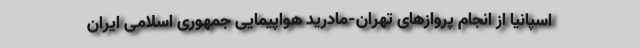
اسپانیا از انجام پروازهای تهران-مادرید هواپیمایی جمهوری اسلامی ایران